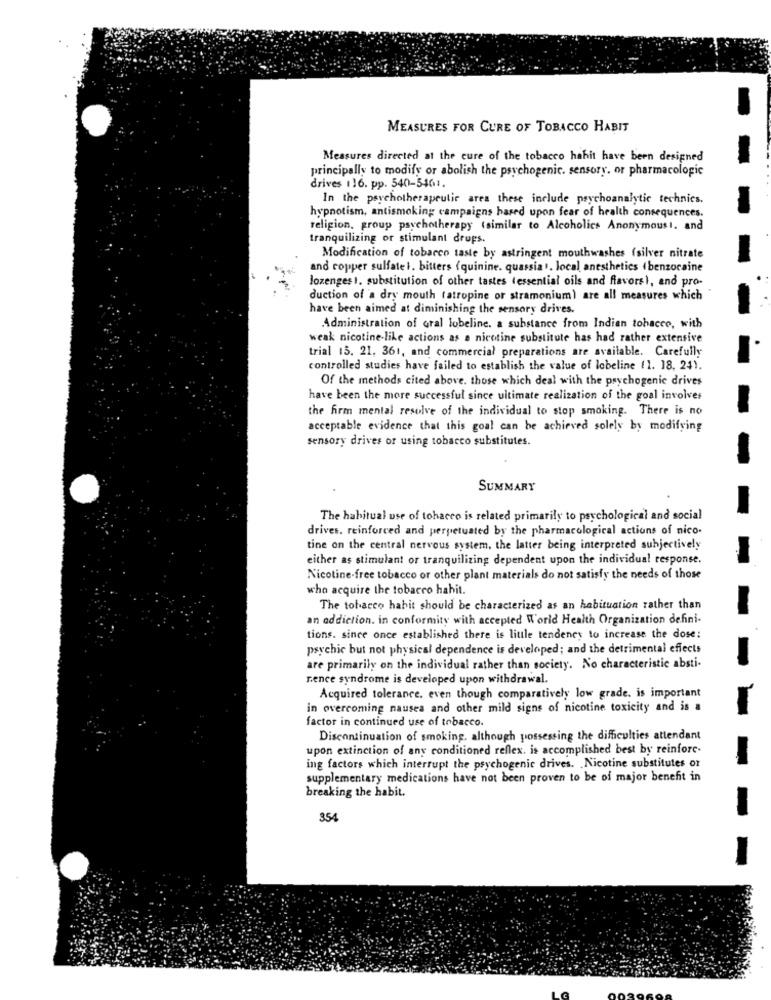
MEASURES FOR CURE OF TOBACCO HABIT
Measures directed at the cure of the tobacco habit have been designed
principally to modify or abolish the psychogenic. sensory. or pharmacologic
drives 116. pp. 540-5401.
In the psychotherapeutir ares these include psychoanalytic technics.
hypnotism, antismoking campaigns based upon fear of health consequences.
religion, group psychotherapy (similar to Alcoholics Anonymous !. and
tranquilizing or stimulant drups.
Modification of tobacco taste by astringent mouthwashes (silver nitrate
and copper sulfatel. bitters (quinine. quassia ). local anesthetics (benzocaine
lozenges I. substitution of other tastes (essential oils and flavors), and pro-
duction of a dry mouth (atropine or stramonium) are all measures which
have been aimed at diminishing the sensory drives.
Administration of Gral lobeline. a substance from Indian tobacco, with
weak nicotine-like actions as a nicotine substitute has had rather extensive
trial 15. 21. 361, and commercial preparations are available. Carefully
controlled studies have failed to establish the value of lobeline (1. 18, 24).
Of the methods cited above. those which deal with the psychogenic drives
have been the more successful since ultimate realization of the goal involves
the firm mental resolve of the individual to stop smoking. There is no
acceptable evidence that this goal can be achieved solely by modifying
sensory drives or using tobacco substitutes.
SUMMARY
The habitual use of tobacco is related primarily to psychological and social
drives. reinforced and perpetuated by the pharmacological actions of nico.
tine on the central nervous system, the latter being interpreted subjectively
either as stimulant or tranquilizing dependent upon the individual response.
Nicotine-free tobacco or other plant materials do not satisfy the needs of those
who acquire the tobacco hahit.
The tobacco habit should be characterized as an habituation rather than
an addiction. in conformity with accepted World Health Organization defini-
tions. since once established there is little tendency to increase the dose:
psychic but not physical dependence is developed; and the detrimental effects
are primarily on the individual rather than society. No characteristic absti-
rence syndrome is developed upon withdrawal.
Acquired tolerance. even though comparatively low grade. is important
in overcoming nausea and other mild signs of nicotine toxicity and is a
factor in continued use of tobacco.
Discontinuation of smoking. although possessing the difficulties attendant
upon extinction of any conditioned reflex. is accomplished best by reinfore-
ing factors which interrupt the psychogenic drives. . Nicotine substitutes or
supplementary medications have not been proven to be of major benefit in
breaking the habit.
354